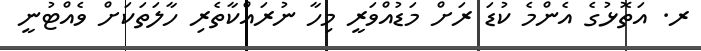
ރ. އަތޮޅުގެ އެންމެ ކުޑަ ރަށް މަޑުއްވަރީ މިހާ ނުރައްކާތެރި ހާލަތަކަށް ވެއްޓުނީ